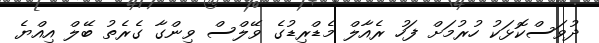
ދުވަސްކޮޅަކު ހުރުމަށް ފަހު ރެއާލް މެޑްރިޑުގެ ވޭލްސް ވިންގާ ގެރެތު ބޭލް އިއްޔެ